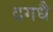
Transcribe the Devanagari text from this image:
दगधै